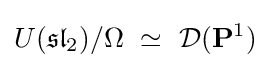
U({\mathfrak {sl}}_{2})/\Omega \ \simeq \ {\mathcal {D}}(\mathbf {P} ^{1})